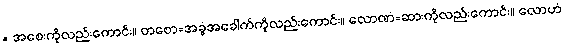
= အစေးကိုလည်းကောင်း။ တစော=အခွံအခေါက်ကိုလည်းကောင်း။ လောဏံ=ဆားကိုလည်းကောင်း။ လောဟံ